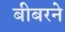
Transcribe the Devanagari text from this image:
बीबरने